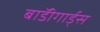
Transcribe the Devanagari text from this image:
बाॅडीगार्ड्स